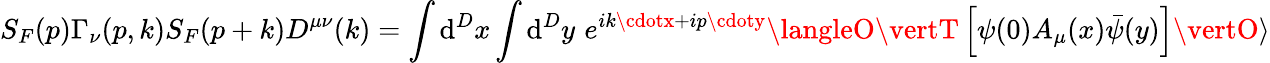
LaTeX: S_{F}(p)\Gamma_{\nu}(p,k)S_{F}(p+k)D^{\mu\nu}(k)=\int\mathrm{d}^{D}x\int\mathrm{d}^{D}y\, \, e^{ik\cdotx+ip\cdoty}\langleO\vertT\left[\psi(0)A_{\mu}(x)\bar{{\psi}}(y)\right]\vertO\rangle